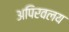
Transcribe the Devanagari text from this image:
अपिरवलय